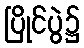
ပြိုင်ပွဲ၌